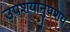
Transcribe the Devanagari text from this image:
उपशयानुपशय